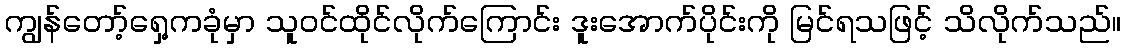
ကျွန်တော့်ရှေ့ကခုံမှာ သူဝင်ထိုင်လိုက်ကြောင်း ဒူးအောက်ပိုင်းကို မြင်ရသဖြင့် သိလိုက်သည်။